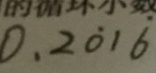
0 . 2 \dot { 0 } 1 \dot { 6 }